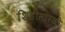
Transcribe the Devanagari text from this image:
शिडीसारखी